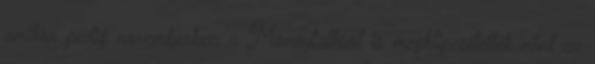
amikor pedig novemberben a Moneytalksot is megklipesítették mint az